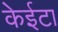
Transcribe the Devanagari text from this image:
केईटा